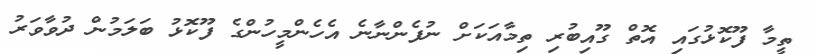
ތީމާ ފޫކޮޅުގައި އޮތް ގޫއިބުރި ތިމާއަކަށް ނުފެންނާނެ އެހެންމީހުންގެ ފޫކޮޅު ބަލަމުން ދުވާވަރު